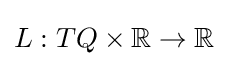
L:TQ\times \mathbb {R} \to \mathbb {R}